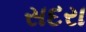
સદરા